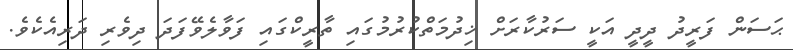
ޙަސަން ފަރީދު ދީދީ އަކީ ސަރުކާރަށް ޚިދުމަތްކުރުމުގައި ތާރީކްގައި ފަވާލެވޭފަދަ ދިވެރި ދަރިއެކެވެ.